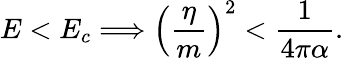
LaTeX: E<E_{c}\Longrightarrow\left(\frac\eta m\right)^{2}<\frac 1{4\pi\alpha}.